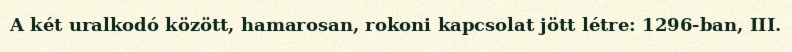
A két uralkodó között, hamarosan, rokoni kapcsolat jött létre: 1296-ban, III.